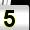
Digit: 5